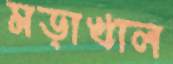
মড়াখাল